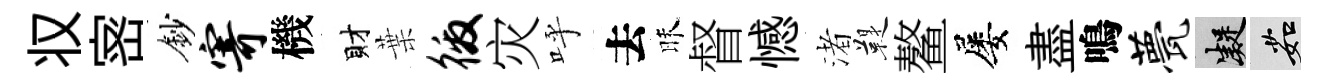
𠬧宻鈔寄機財葉徼灾呼去昧督憾渚鞮鳌屡盡鳴甍凝茹